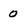
Character: 0